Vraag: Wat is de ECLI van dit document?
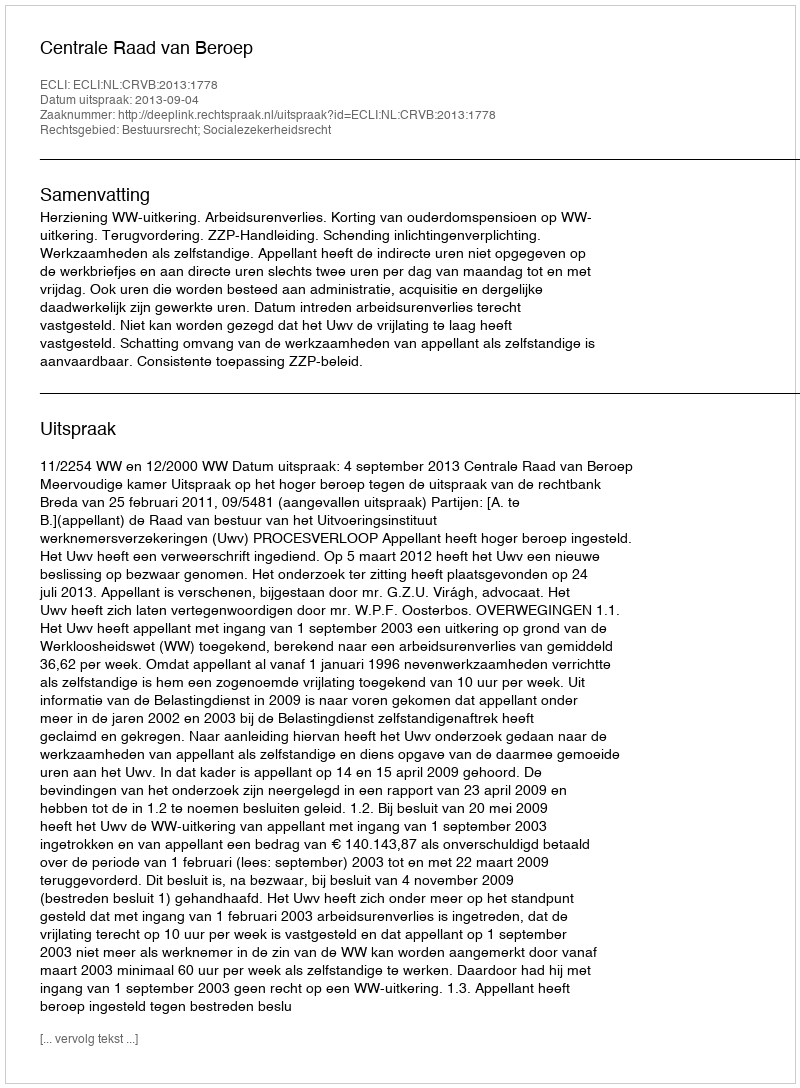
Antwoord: ECLI:NL:CRVB:2013:1778